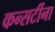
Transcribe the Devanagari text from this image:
कन्सर्टीना